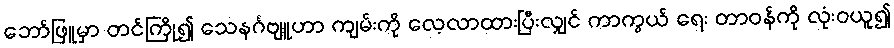
ဘော်ဖြူမှာ တင်ကြို၍ သေနင်္ဂဗျူဟာ ကျမ်းကို လေ့လာထားပြီးလျှင် ကာကွယ် ရေး တာဝန်ကို လုံးဝယူ၍